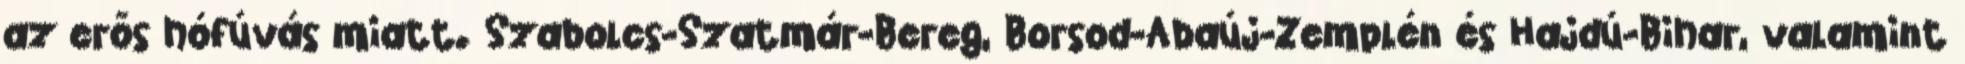
az erős hófúvás miatt. Szabolcs-Szatmár-Bereg, Borsod-Abaúj-Zemplén és Hajdú-Bihar, valamint